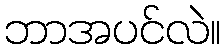
ဘာအပင်လဲ။